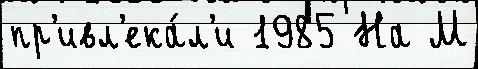
пр'ивл'ека́л'и 1985 На М